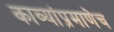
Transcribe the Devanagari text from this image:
काव्यांप्रमाणेच